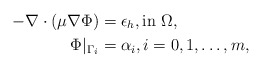
\begin{align*}-\nabla\cdot(\mu \nabla \Phi) & = \epsilon_h,\mbox{in} \ \Omega,\\\Phi|_{\Gamma_i} & = \alpha_i,i=0,1,\ldots,m,\end{align*}